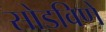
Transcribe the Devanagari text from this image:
सोडविणें